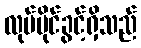
လုပ်ပိုင်ခွင့်ရှိသည်